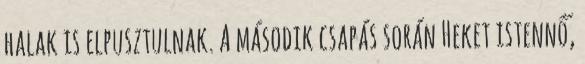
halak is elpusztulnak. A második csapás során Heket istennő,